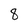
Character: 8